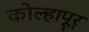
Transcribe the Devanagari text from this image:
कोल्हापूर्